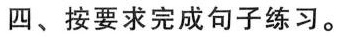
四、按要求完成句子练习。